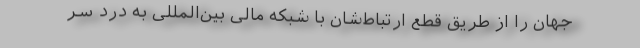
جهان را از طریق قطع ارتباط‌شان با شبکه مالی بین‌المللی به درد سر